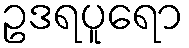
ဥဒရပူရော